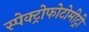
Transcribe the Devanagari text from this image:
स्पेक्ट्रोफोटोमीट्री